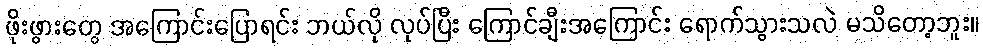
ဖိုးဖွားတွေ အကြောင်းပြောရင်း ဘယ်လို လုပ်ပြီး ကြောင်ချီးအကြောင်း ရောက်သွားသလဲ မသိတော့ဘူး။